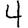
Digit: 4